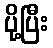
ပို့ပြီး